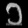
Digit: ၁